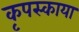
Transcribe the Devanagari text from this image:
कृपस्काया